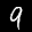
Digit: 9